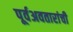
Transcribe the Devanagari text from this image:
पूर्वअवतारांची